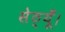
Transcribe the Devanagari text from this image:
सेठ्यूँ।